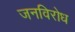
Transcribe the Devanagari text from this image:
जनविरोध